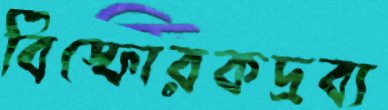
বিস্ফোরকদ্রব্য